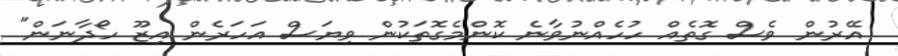
އޭރުން ވެސް ގޮތެއް ހުހެއްނުވާނެ ކޮންމެގޮތަކުން ވިޔަސް އަހަރެން އިޒޫ ހޯދާނަން"